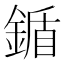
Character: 鍎